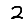
Digit: 2